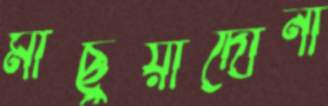
মাছুয়াদোনা